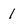
Character: 1